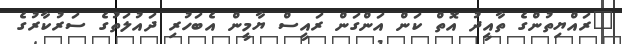
"ރައްޔިތުންގެ ތާއީދު އޮތް ކަން އަންގަން ރައީސް ޔާމީން އެބަހުރި ދައުލަތުގެ ސަރުކާރުގެ